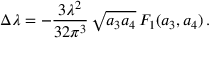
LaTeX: \Delta \lambda = - \frac { 3 \lambda ^ { 2 } } { 3 2 \pi ^ { 3 } } \, \sqrt { a _ { 3 } a _ { 4 } } \, F _ { 1 } ( a _ { 3 } , a _ { 4 } ) \, .